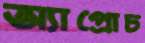
অ্যাপ্রোচ